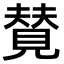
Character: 𫌡